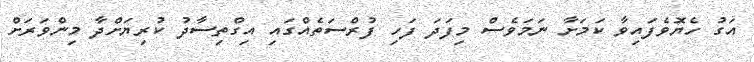
އަގު ހެޔޮވެފައިވާ ކަމަށާ ނަމަވެސް މިފަދަ ފަހި ފުރްސަތެއްގައި އިގްތިސާދު ކުރިޔަށްދާ މިންވަރަށް